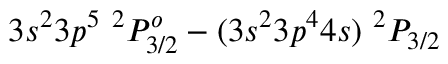
3 s ^ { 2 } 3 p ^ { 5 } ~ ^ { 2 } P _ { 3 / 2 } ^ { o } - ( 3 s ^ { 2 } 3 p ^ { 4 } 4 s ) ~ ^ { 2 } P _ { 3 / 2 }